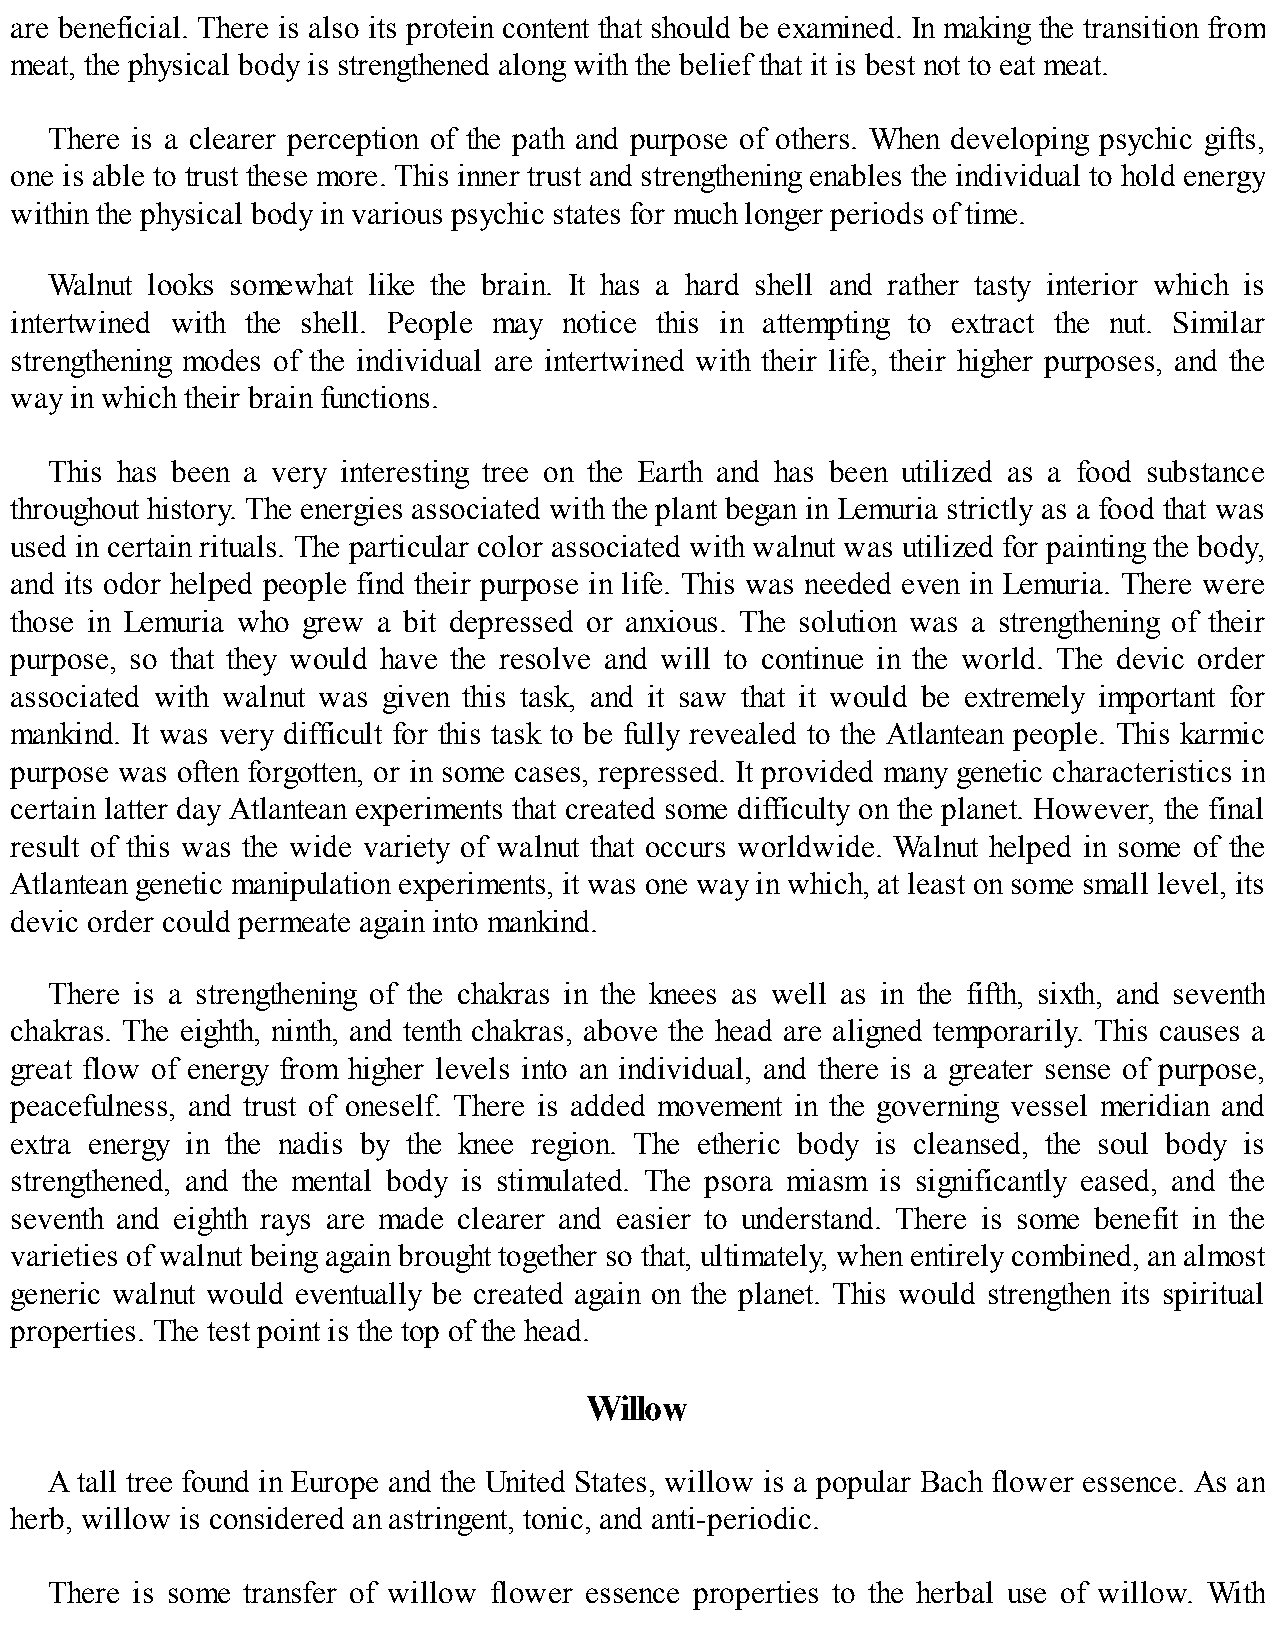
are beneficial. There is also its protein content that should be examined. In making the transition from
 meat, the physical body is strengthened along with the belief that it is best not to eat meat.
 There is a clearer perception of the path and purpose of others. When developing psychic gifts,
 one is able to trust these more. This inner trust and strengthening enables the individual to hold energy
 within the physical body in various psychic states for much longer periods of time.
 Walnut looks somewhat like the brain. It has a hard shell and rather tasty interior which is
 intertwined with the shell. People may notice this in attempting to extract the nut. Similar
 strengthening modes of the individual are intertwined with their life, their higher purposes, and the
 way in which their brain functions.
 This has been a very interesting tree on the Earth and has been utilized as a food substance
 throughout history. The energies associated with the plant began in Lemuria strictly as a food that was
 used in certain rituals. The particular color associated with walnut was utilized for painting the body,
 and its odor helped people find their purpose in life. This was needed even in Lemuria. There were
 those in Lemuria who grew a bit depressed or anxious. The solution was a strengthening of their
 purpose, so that they would have the resolve and will to continue in the world. The devic order
 associated with walnut was given this task, and it saw that it would be extremely important for
 mankind. It was very difficult for this task to be fully revealed to the Atlantean people. This karmic
 purpose was often forgotten, or in some cases, repressed. It provided many genetic characteristics in
 certain latter day Atlantean experiments that created some difficulty on the planet. However, the final
 result of this was the wide variety of walnut that occurs worldwide. Walnut helped in some of the
 Atlantean genetic manipulation experiments, it was one way in which, at least on some small level, its
 devic order could permeate again into mankind.
 There is a strengthening of the chakras in the knees as well as in the fifth, sixth, and seventh
 chakras. The eighth, ninth, and tenth chakras, above the head are aligned temporarily. This causes a
 great flow of energy from higher levels into an individual, and there is a greater sense of purpose,
 peacefulness, and trust of oneself. There is added movement in the governing vessel meridian and
 extra energy in the nadis by the knee region. The etheric body is cleansed, the soul body is
 strengthened, and the mental body is stimulated. The psora miasm is significantly eased, and the
 seventh and eighth rays are made clearer and easier to understand. There is some benefit in the
 varieties of walnut being again brought together so that, ultimately, when entirely combined, an almost
 generic walnut would eventually be created again on the planet. This would strengthen its spiritual
 properties. The test point is the top of the head.
 Willow
 A tall tree found in Europe and the United States, willow is a popular Bach flower essence. As an
 herb, willow is considered an astringent, tonic, and anti-periodic.
 There is some transfer of willow flower essence properties to the herbal use of willow. With